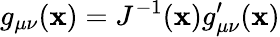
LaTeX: g_{\mu\nu}(\mathbf{x})=J^{-1}(\mathbf{x})g_{\mu\nu}^{\prime}(\mathbf{x})